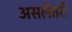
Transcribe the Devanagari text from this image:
असलेतरी